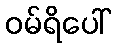
ဝမ်ရိပေါ်